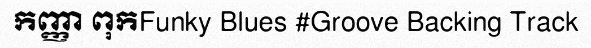
កញ្ញា ពុកFunky Blues #Groove Backing Track